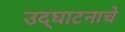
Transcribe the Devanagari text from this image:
उद्‌घाटनाचे